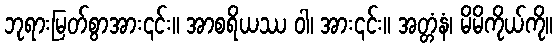
ဘုရားမြတ်စွာအား၎င်း။ အာစရိယဿ ဝါ၊ အား၎င်း။ အတ္တံနံ၊ မိမိကိုယ်ကို။